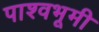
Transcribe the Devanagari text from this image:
पाश्वभूमी